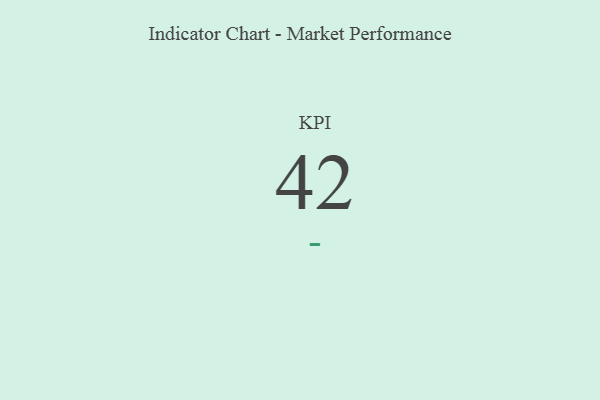
{"axis": {"x": "KPI", "y": "Value"}, "legend": [""], "data": [{"x": "KPI", "y": 42, "type": ""}]}